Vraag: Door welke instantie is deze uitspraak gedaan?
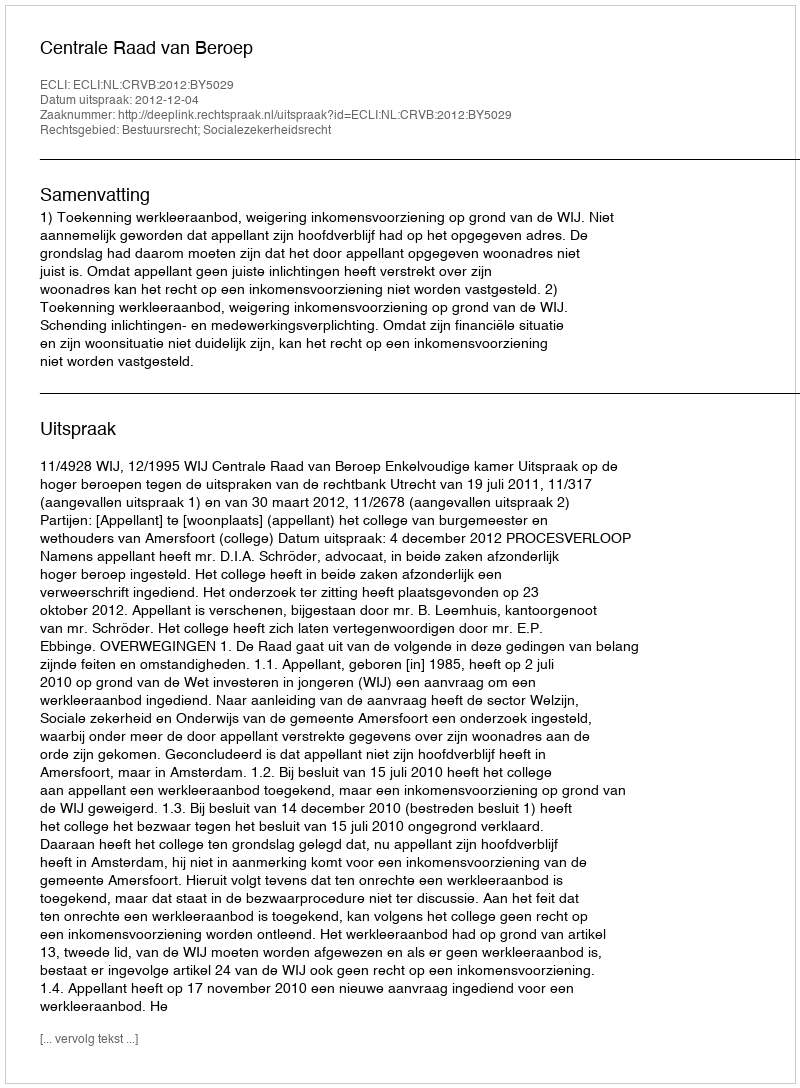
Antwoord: Centrale Raad van Beroep